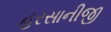
હરસાનીજી